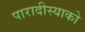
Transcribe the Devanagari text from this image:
पारादीस्याको